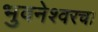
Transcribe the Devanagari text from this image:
भुवनेश्वरचा